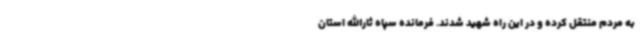
به مردم منتقل کرده و در این راه شهید شدند. فرمانده سپاه ثارالله استان